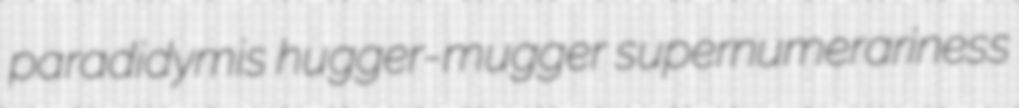
paradidymis hugger-mugger supernumerariness